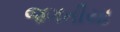
જગતીયા